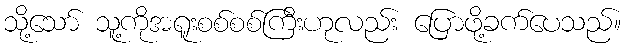
သို့သော် သူ့ကိုအရူးစစ်စစ်ကြီးဟုလည်း ပြောဖို့ခက်ပေသည်။